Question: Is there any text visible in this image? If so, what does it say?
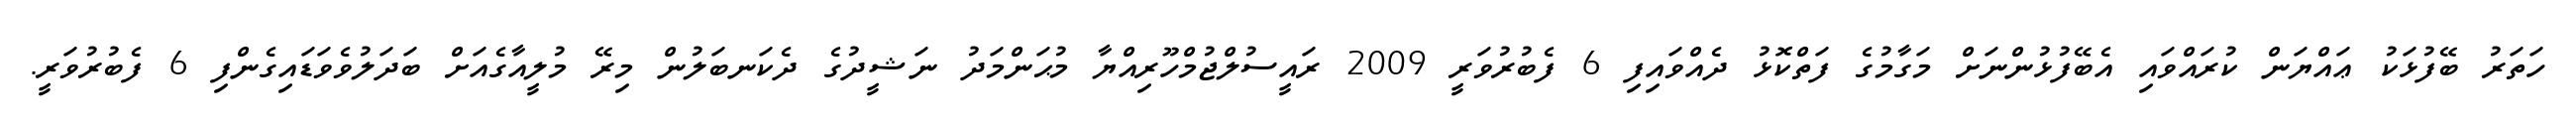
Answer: ހަތަރު ބޭފުޅަކު ޢައްޔަން ކުރައްވައި އެބޭފުޅުންނަށް މަގާމުގެ ފަތްކޮޅު ދެއްވައިފި 6 ފެބުރުވަރީ 2009 ރައީސުލްޖުމްހޫރިއްޔާ މުޙަންމަދު ނަޝީދުގެ ދެކަނބަލުން މިރޭ މުލީއާގެއަށް ބަދަލުވެވަޑައިގެންފި 6 ފެބުރުވަރީ.